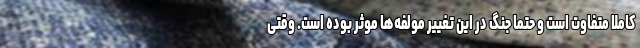
کاملا متفاوت است و حتما جنگ در این تغییر مولفه‌ها موثر بوده است. وقتی